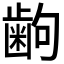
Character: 𫠚